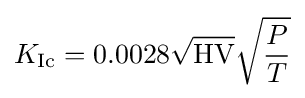
K_{\text{Ic}}=0.0028{\sqrt {\text{HV}}}{\sqrt {\frac {P}{T}}}